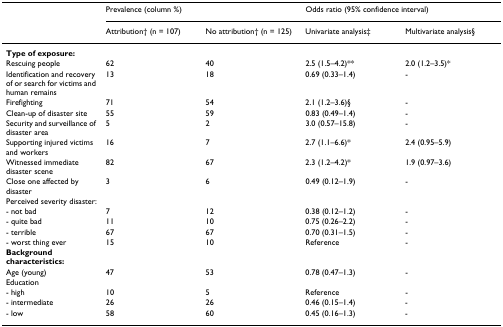
<table><thead><tr><td></td><td colspan="2"><b>Prevalence (column %)</b></td><td colspan="2"><b>Odds ratio (95% confidence interval)</b></td></tr><tr><td></td><td><b>Attribution† (n = 107)</b></td><td><b>No attribution† (n = 125)</b></td><td><b>Univariate analysis‡</b></td><td><b>Multivariate analysis§</b></td></tr></thead><tbody><tr><td><b>Type of exposure:</b></td><td></td><td></td><td></td><td></td></tr><tr><td>Rescuing people</td><td>62</td><td>40</td><td>2.5 (1.5–4.2)**</td><td>2.0 (1.2–3.5)*</td></tr><tr><td>Identification and recovery of or search for victims and human remains</td><td>13</td><td>18</td><td>0.69 (0.33–1.4)</td><td>-</td></tr><tr><td>Firefighting</td><td>71</td><td>54</td><td>2.1 (1.2–3.6)§</td><td>-</td></tr><tr><td>Clean-up of disaster site</td><td>55</td><td>59</td><td>0.83 (0.49–1.4)</td><td>-</td></tr><tr><td>Security and surveillance of disaster area</td><td>5</td><td>2</td><td>3.0 (0.57–15.8)</td><td>-</td></tr><tr><td>Supporting injured victims and workers</td><td>16</td><td>7</td><td>2.7 (1.1–6.6)*</td><td>2.4 (0.95–5.9)</td></tr><tr><td>Witnessed immediate disaster scene</td><td>82</td><td>67</td><td>2.3 (1.2–4.2)*</td><td>1.9 (0.97–3.6)</td></tr><tr><td>Close one affected by disaster</td><td>3</td><td>6</td><td>0.49 (0.12–1.9)</td><td>-</td></tr><tr><td>Perceived severity disaster:</td><td></td><td></td><td></td><td></td></tr><tr><td>- not bad</td><td>7</td><td>12</td><td>0.38 (0.12–1.2)</td><td>-</td></tr><tr><td>- quite bad</td><td>11</td><td>10</td><td>0.75 (0.26–2.2)</td><td>-</td></tr><tr><td>- terrible</td><td>67</td><td>67</td><td>0.70 (0.31–1.5)</td><td>-</td></tr><tr><td>- worst thing ever</td><td>15</td><td>10</td><td>Reference</td><td>-</td></tr><tr><td><b>Background characteristics:</b></td><td></td><td></td><td></td><td></td></tr><tr><td>Age (young)</td><td>47</td><td>53</td><td>0.78 (0.47–1.3)</td><td>-</td></tr><tr><td>Education</td><td></td><td></td><td></td><td></td></tr><tr><td>- high</td><td>10</td><td>5</td><td>Reference</td><td>-</td></tr><tr><td>- intermediate</td><td>26</td><td>26</td><td>0.46 (0.15–1.4)</td><td>-</td></tr><tr><td>- low</td><td>58</td><td>60</td><td>0.45 (0.16–1.3)</td><td>-</td></tr></tbody></table>